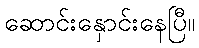
ဆောင်းနှောင်းနေပြီ။